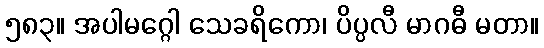
၅၈၃။ အပါမဂ္ဂေါ သေခရိကော၊ ပိပ္ပလီ မာဂဓီ မတာ။